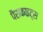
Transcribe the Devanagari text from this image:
पैराकाइट्स